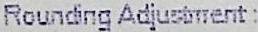
ROUNDING ADJUSTMENT :